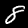
Digit: 8